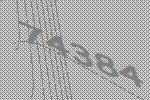
74384